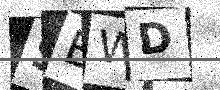
Text: SEWD